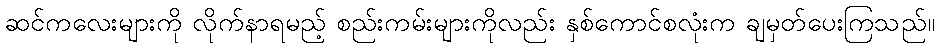
ဆင်ကလေးများကို လိုက်နာရမည့် စည်းကမ်းများကိုလည်း နှစ်ကောင်စလုံးက ချမှတ်ပေးကြသည်။